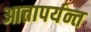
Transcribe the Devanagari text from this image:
आत्तापर्यन्त